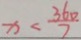
x < \frac { 3 6 0 } { 7 }